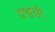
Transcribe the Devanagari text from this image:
द्रष्द्वती